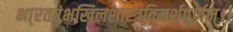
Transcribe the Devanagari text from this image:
भा्रतरंभखिलशास्त्रविमर्शपूर्णम्।।